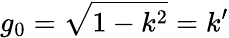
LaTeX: g_{0}={\sqrt{1-k^{2}}}=k^{\prime}